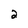
Character: 2